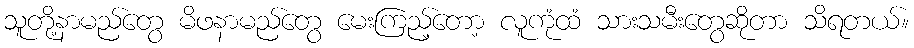
သူတို့နာမည်တွေ မိဖနာမည်တွေ မေးကြည့်တော့ လူကုံထံ သားသမီးတွေဆိုတာ သိရတယ်။